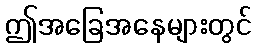
ဤအခြေအနေများတွင်